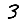
Digit: 3